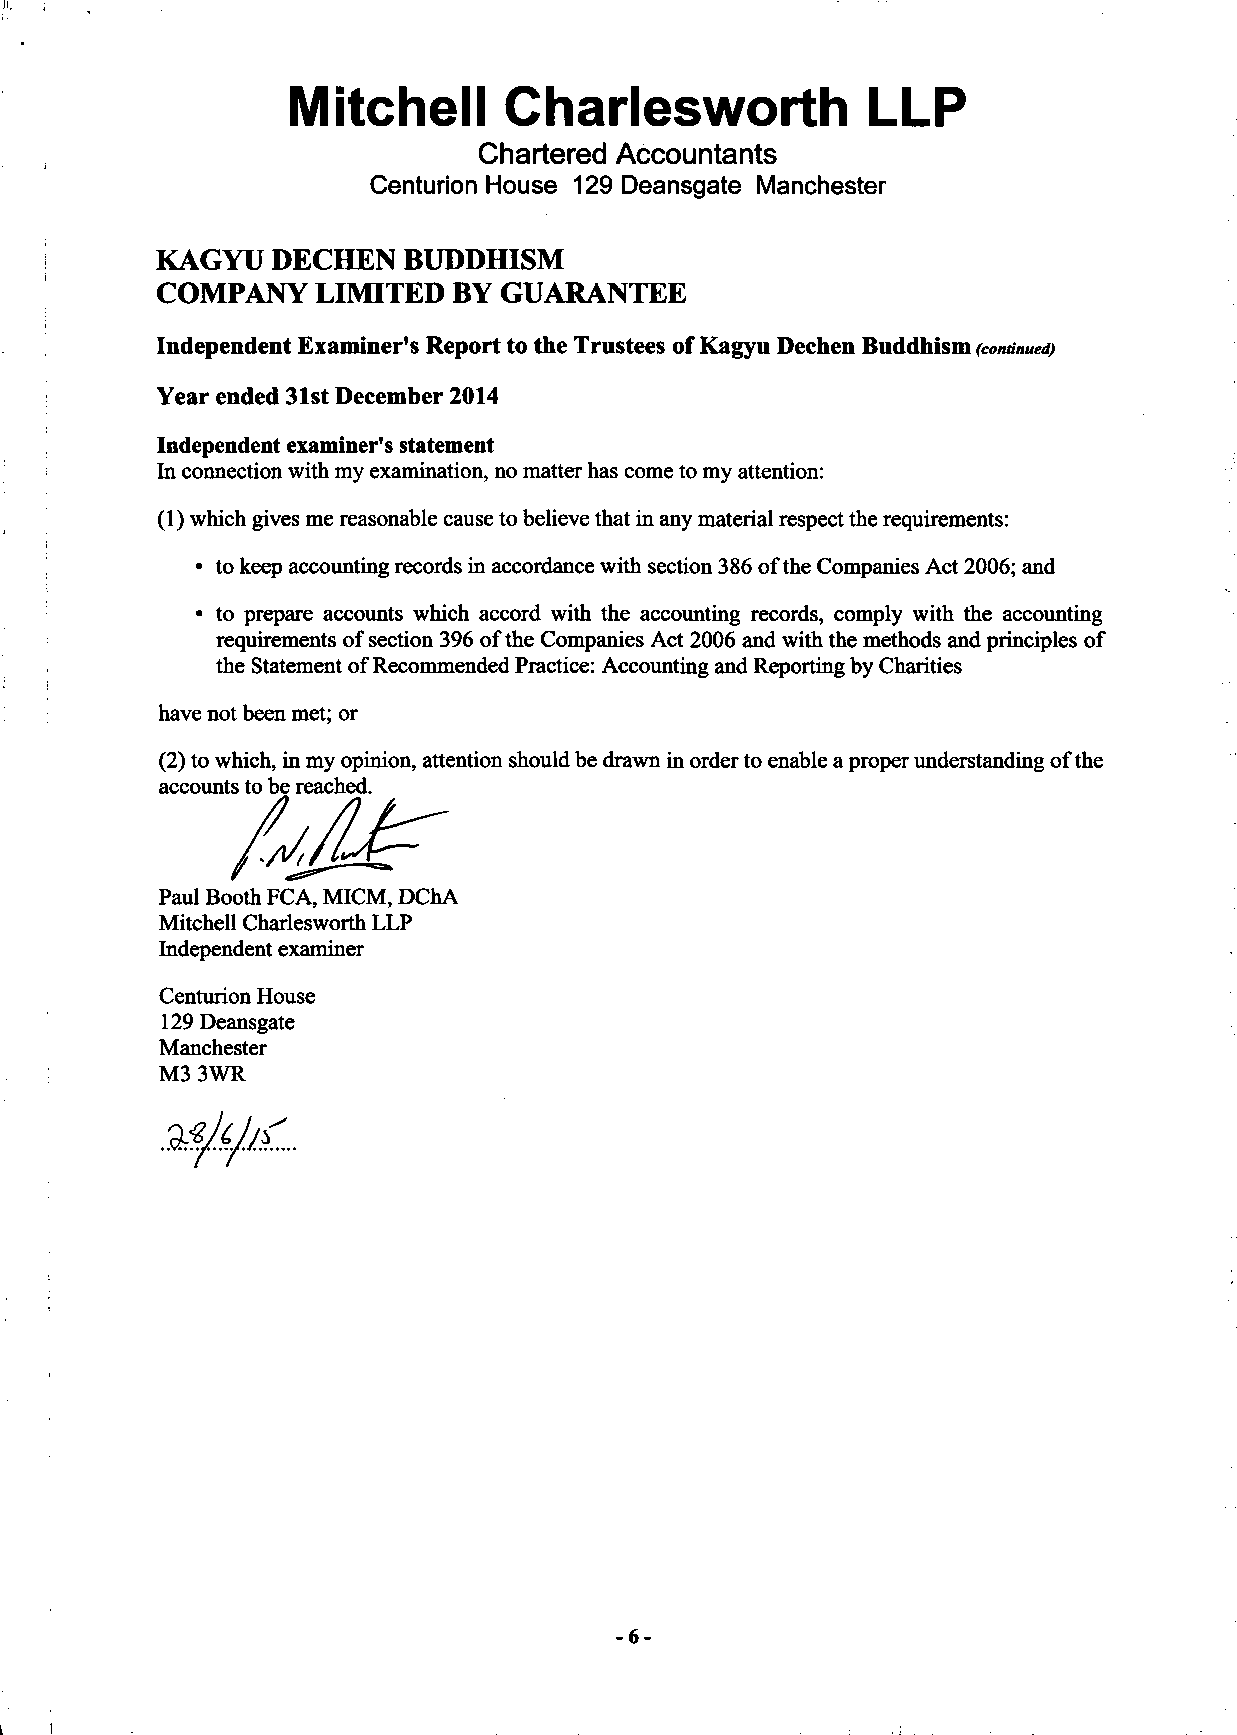
Mitchell      Charlesworth            LLP
 Chartered Accountants
 Centurion House 129 Deansgate Manchester
 KAGYU   DECHEN   BUDDHISM
 COMPANY    LIMITED  BY GUARANTEE
 Independent Examiner's Report to the Trustees of Kagyu Dechen Buddhism (continued)
 Year ended 31st December 2014
 Independent examiner's statement
 In connection with my examination, no matter has come to my attention:
 (1) which gives me reasonable cause to believe that in any material respect the requirements:
 • to keep accounting records in accordance with section 386 of the Companies Act 2006; and
 • to prepare accounts which accord with the accounting records, comply with the accounting
 requirements of section 396 of the Companies Act 2006 and with the methods and principles of
 the Statement of Recommended Practice: Accounting and Reporting by Charities
 have not been met; or
 (2) to which, in my opinion, attention should be drawn in order to enable a proper understanding of the
 accounts to be reached.
 Paul Booth FCA, MICM, DChA
 Mitchell Charlesworth LLP
 Independent examiner
 Centurion House
 129 Deansgate
 Manchester
 M3 3WR